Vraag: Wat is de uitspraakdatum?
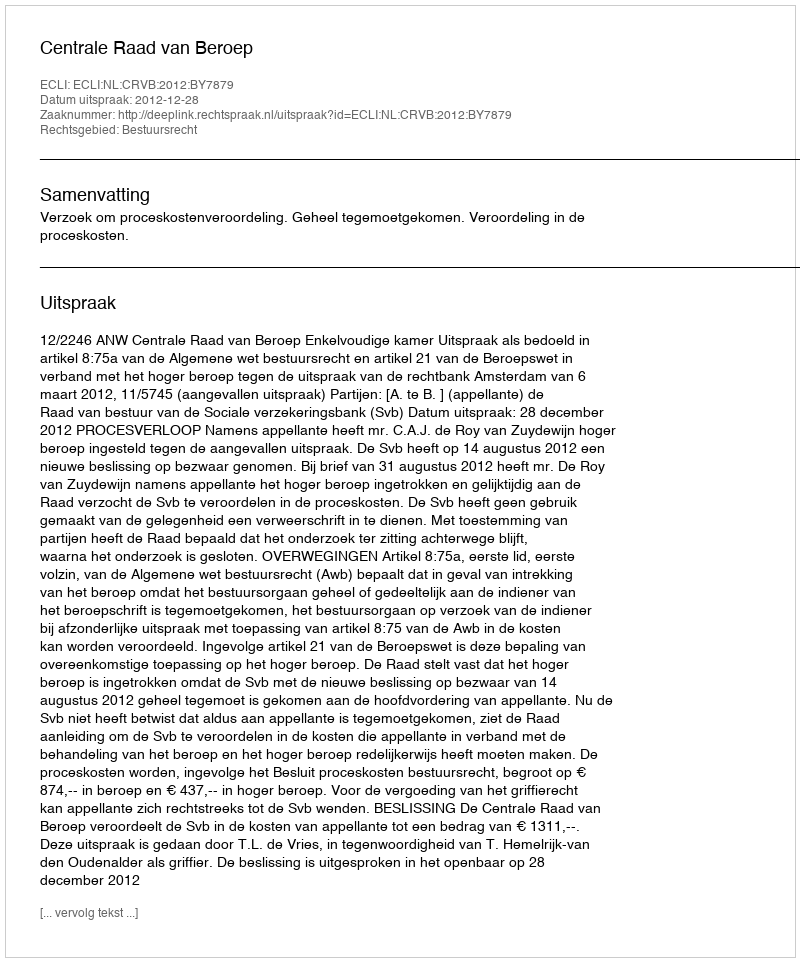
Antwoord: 2012-12-28